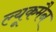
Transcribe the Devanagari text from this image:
ल्यूकमैन